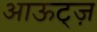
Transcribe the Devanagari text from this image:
आऊट्ज़